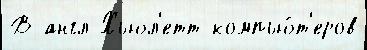
В англ Хьюл'етт компью́т'еров